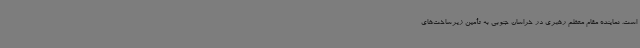
است. نماینده مقام معظم رهبری در خراسان جنوبی به تأمین زیرساخت‌های